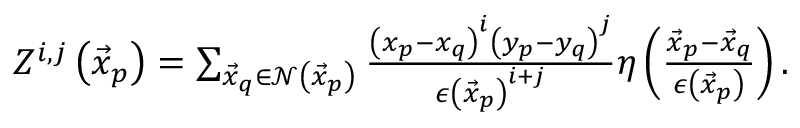
\begin{array} { r } { Z ^ { i , j } \left( \vec { x } _ { p } \right) = \sum _ { \vec { x } _ { q } \in \mathcal { N } \left( \vec { x } _ { p } \right) } \frac { \left( x _ { p } - x _ { q } \right) ^ { i } \left( y _ { p } - y _ { q } \right) ^ { j } } { \epsilon \left( \vec { x } _ { p } \right) ^ { i + j } } \eta \left( \frac { \vec { x } _ { p } - \vec { x } _ { q } } { \epsilon \left( \vec { x } _ { p } \right) } \right) . } \end{array}